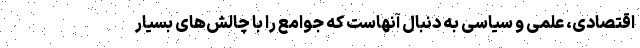
اقتصادی، علمی و سیاسی به دنبال آنهاست که جوامع را با چالش‌های بسیار